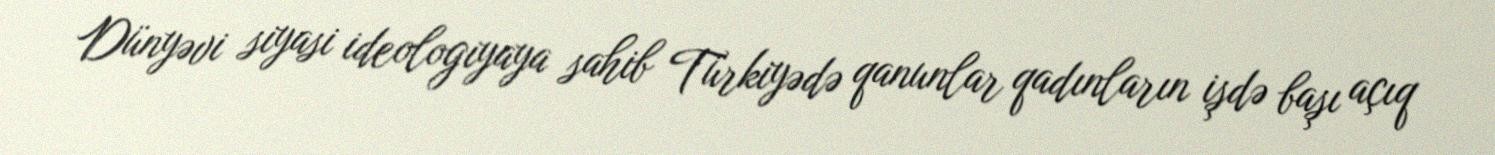
Dünyəvi siyasi ideologiyaya sahib Türkiyədə qanunlar qadınların işdə başı açıq